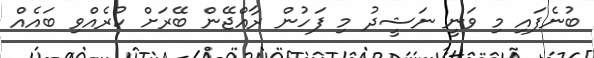
ބުނެފައި މި ވަނީ ނަޝީދު މި ފަހުން ރާއްޖޭން ބޭރަށް ކުރެއްވި ބައެއް